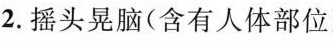
2. 摇头晃脑（含有人体部位）